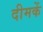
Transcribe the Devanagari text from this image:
दीमकें